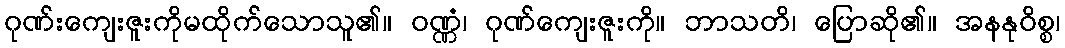
ဂုဏ်းကျေးဇူးကိုမထိုက်သောသူ၏။ ဝဏ္ဏံ၊ ဂုဏ်ကျေးဇူးကို။ ဘာသတိ၊ ပြောဆို၏။ အနနုဝိစ္စ၊